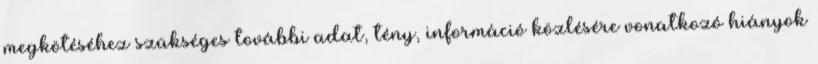
megkötéséhez szükséges további adat, tény, információ közlésére vonatkozó hiányok